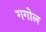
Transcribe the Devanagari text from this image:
गगोल